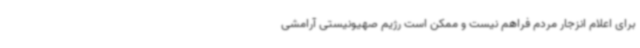
برای اعلام انزجار مردم فراهم نیست و ممکن است رژیم صهیونیستی آرامشی